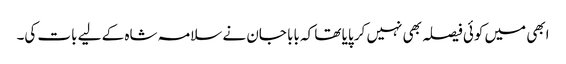
ابھی میں کوئی فیصلہ بھی نہیں کر پایا تھا کہ بابا جان نے سلامہ شاہ کے لیے بات کی۔